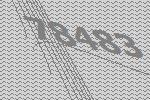
78483